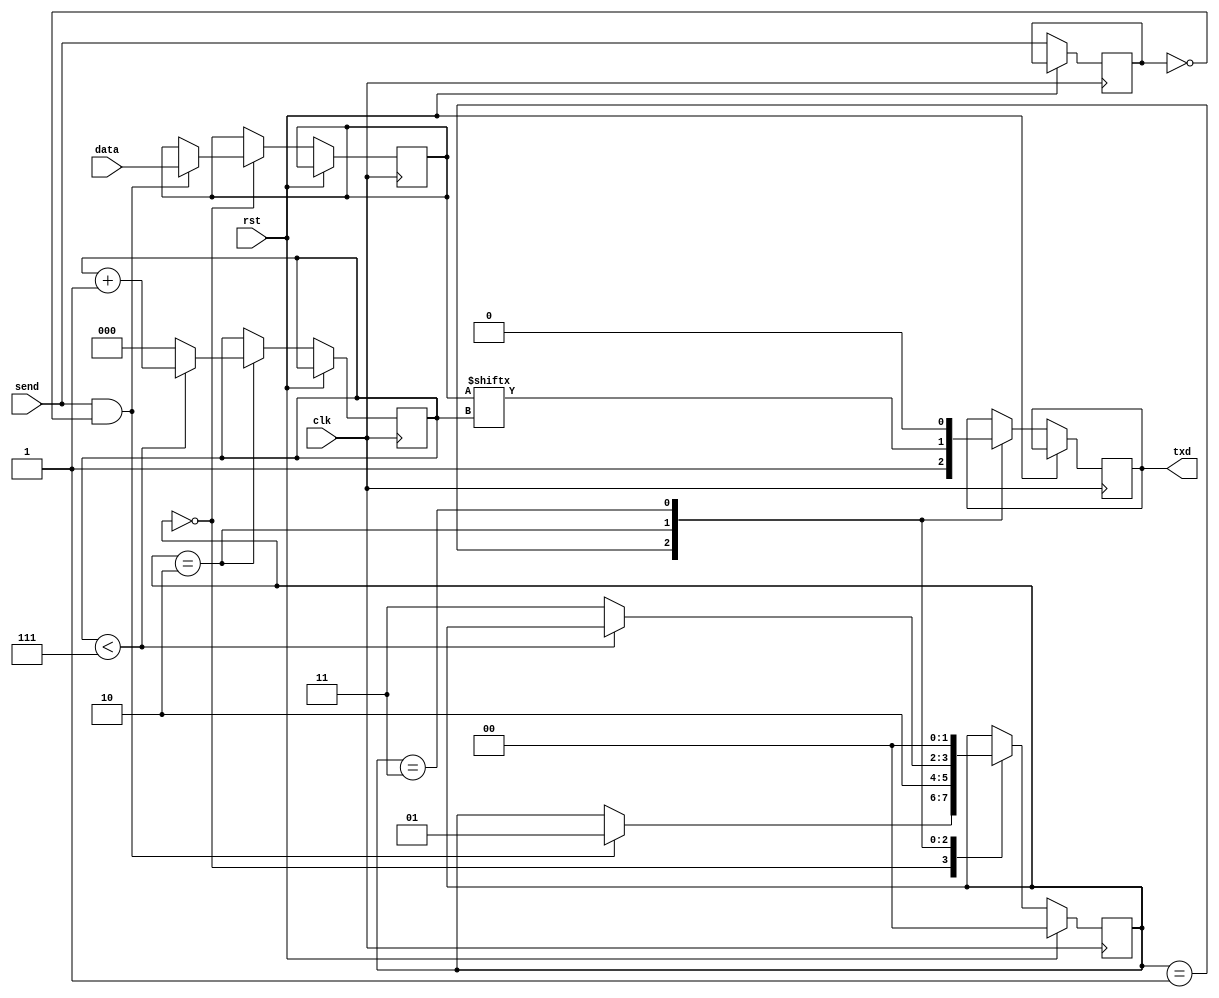
module fsm
(
    input clk,
    input rst,
    input send,
    input [7:0] data,
    output txd
);

localparam STATE1 = 2'b00;
localparam STATE2 = 2'b01;
localparam STATE3 = 2'b10;
localparam STATE4 = 2'b11;

reg [1:0] state = STATE1;
reg prev_send = 1'b0;
reg [7:0] dane = 8'b0;
reg wyslij = 1'b0;
reg [2:0] cnt = 3'd0;

always @ (posedge clk)
begin
    $display(data);
    if (rst) state <= STATE1;
    else
    begin
        case (state)
            STATE1:
            begin
                $display("Stan1");
                if (send == 1 & prev_send == 0)
                begin
                    state <= STATE2;
                    $display("Przejcie do stanu 2");
                    dane <= data;
                end
            end
            STATE2:
            begin
                $display("Stan2");
                wyslij <= 1'b1;
                state <= STATE3;
                $display("Przejcie do stanu 3");
            end
            STATE3:
            begin
                $display("Stan3");
                if (cnt < 3'd7)
                begin
                    wyslij <= dane[cnt];
                    cnt <= cnt + 1;
                end
                else
                begin
                    wyslij <= dane[cnt];
                    cnt <= 3'd0;
                    state <= STATE4;
                    $display("Przejcie do stanu 4");
                end
            end
            STATE4:
            begin
                $display("Stan4");
                wyslij <= 1'b0;
                state <= STATE1;
                $display("Przejcie do stanu 1");
            end
        endcase
        prev_send <= send;
    end
    $display(wyslij);
end

assign txd = wyslij;

endmodule